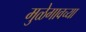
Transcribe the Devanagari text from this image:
मुळेगावच्या